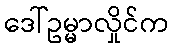
ဒေါ်ဥမ္မာလှိုင်က